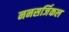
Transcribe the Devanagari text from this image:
ननसर्जिकल